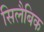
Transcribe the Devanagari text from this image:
सिलैबिक